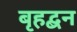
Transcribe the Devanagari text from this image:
बृहद्बन